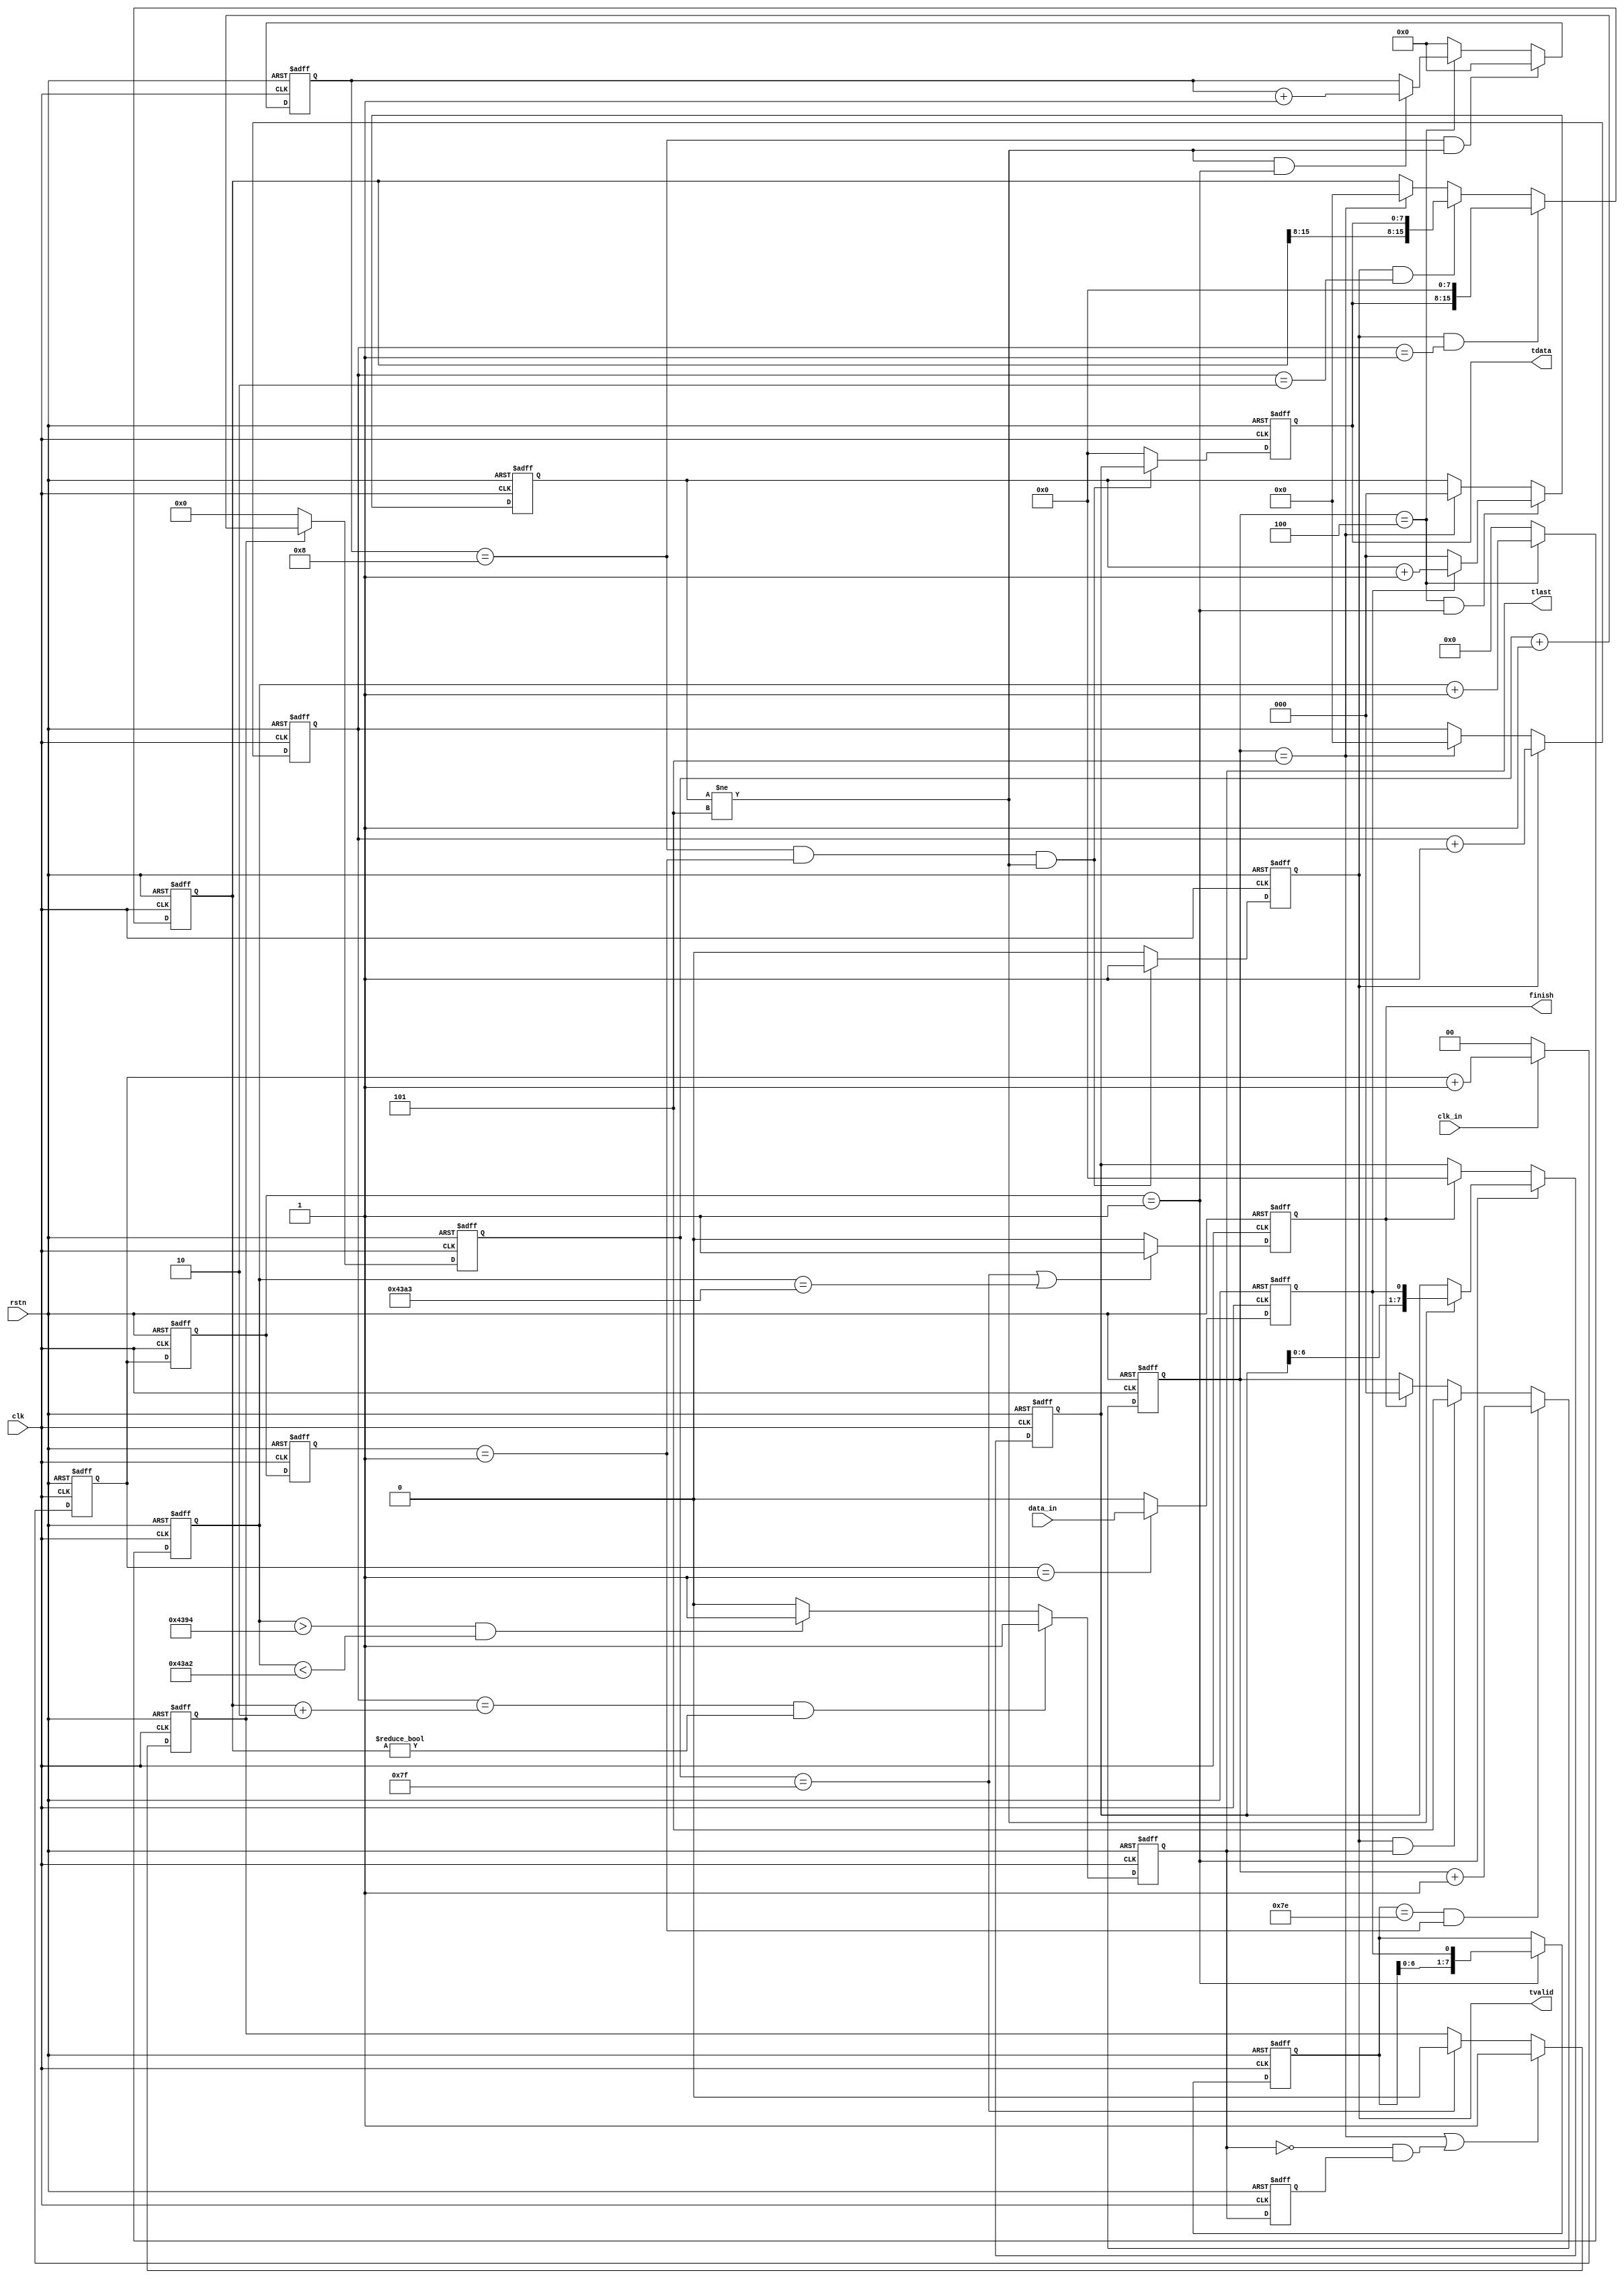
module hdlc_rx (
                clk,
				rstn,
				clk_in,
				data_in,
				tvalid,
				tlast,
				tdata,
				finish
				);

input         clk;
input         rstn;
input         clk_in;
input         data_in;
output        tvalid;
output        tlast;
output  [7:0] tdata;
output        finish;

parameter head = 8'h7e;

reg [1:0] clk_cnt;

always @(posedge clk or negedge rstn)
begin
     if (!rstn)
	    clk_cnt <= 2'b0;
	 else if (clk_in == 1'b1)
	    clk_cnt <= clk_cnt + 1'b1;
	 else
	    clk_cnt <= 2'b0;
end

reg [1:0] clk_cnt_dly1;
reg [1:0] clk_cnt_dly2;
//reg [1:0] clk_cnt_dly3;

always @(posedge clk or negedge rstn)
begin
     if (!rstn)
	    begin
		clk_cnt_dly1 <= 2'b0;
		clk_cnt_dly2 <= 2'b0;
		//clk_cnt_dly3 <= 2'b0;
		end
	 else
	    begin
		clk_cnt_dly1 <= clk_cnt;
		clk_cnt_dly2 <= clk_cnt_dly1;
		//clk_cnt_dly3 <= clk_cnt_dly2;
		end
end

reg data_sample;

always @(posedge clk or negedge rstn)
begin
     if (!rstn)
	    data_sample <= 1'b0;
	 else if (clk_cnt == 2'd1)
	    data_sample <= data_in;
	 else
	    data_sample <= 1'b0;
end

reg [7:0] head_reg;

always @(posedge clk or negedge rstn)
begin
     if (!rstn)
	    head_reg <= 8'd0;
	 else if (clk_cnt_dly1 == 2'd1)
	    head_reg <= {head_reg[6:0],data_sample};
end

reg [2:0] head_cnt;

always @(posedge clk or negedge rstn)
begin
     if (!rstn)
	    head_cnt <= 3'd0;
	 else if (head_reg == head && clk_cnt_dly2 == 2'd1)
	    head_cnt <= head_cnt + 1'b1;
	 else if (tvalid == 1'b1 && tlast == 1'b1)
	    head_cnt <= 3'd5;
	 else if (finish == 1'b1)
	    head_cnt <= 3'd0;
end

reg [2:0] ones_cnt;

always @(posedge clk or negedge rstn)
begin
     if (!rstn)
	    ones_cnt <= 3'd0;
	 else if (head_cnt == 3'd4 && clk_cnt_dly1 == 2'd1)
	    begin
		if (data_sample == 1'b1)
		ones_cnt <= ones_cnt + 1'b1;
		else
		ones_cnt <= 3'd0;
		end
	 else if (head_cnt == 3'd5)
	    ones_cnt <= 3'd0;
end

reg [7:0] data_reg;

always @(posedge clk or negedge rstn)
begin
     if (!rstn)
	    data_reg <= 8'd0;
	 else if (clk_cnt_dly1 == 2'd1)
	    begin
		if (ones_cnt != 3'd5)
		data_reg <= {data_reg[6:0],data_sample};
		end
	 else if (finish == 1'b1)
	    data_reg <= 8'd0;
end

reg [3:0] bit_cnt;

always @ (posedge clk or negedge rstn)
begin
     if (!rstn)
	    bit_cnt <= 4'd0;
	 else if (bit_cnt == 4'd8 && ones_cnt != 3'd5)
	    bit_cnt <= 4'd0;
	 else if (head_cnt == 3'd4)
	    begin
		if (ones_cnt != 3'd5 && clk_cnt_dly1 == 1'b1)
		bit_cnt <= bit_cnt + 1'b1;
		end
	 else
	    bit_cnt <= 4'd0;
end

reg [15:0] byte_cnt;

always @(posedge clk or negedge rstn)
begin
     if (!rstn)
	    byte_cnt <= 16'd0;
	 else if (tvalid == 1'b1)
	    byte_cnt <= byte_cnt + 1'b1;
	 else if (head_cnt == 3'd5)
	    byte_cnt <= 16'd0;
end

reg [15:0] byte_length;

always @(posedge clk or negedge rstn)
begin
     if (!rstn)
	    byte_length <= 16'd0;
	 else if (tvalid == 1'b1 && byte_cnt == 16'd1)
	    byte_length <= {tdata,8'd0};
	 else if (tvalid == 1'b1 && byte_cnt == 16'd2)
	    byte_length <= {byte_length[15:8],tdata};
	 else if (head_cnt == 3'd5)
	    byte_length <= 16'd0;
end

reg tvalid;

always @(posedge clk or negedge rstn)
begin
     if (!rstn)
	    tvalid <= 1'b0;
	 else if (bit_cnt == 4'd8 && clk_cnt_dly2 == 2'd1 && ones_cnt != 3'd5)
	    tvalid <= 1'b1;
	 else
	    tvalid <= 1'b0;
end

reg [7:0] tdata;

always @(posedge clk or negedge rstn)
begin
     if (!rstn)
	    tdata <= 32'd0;
	 else if (bit_cnt == 4'd8 && clk_cnt_dly2 == 1'b1 && ones_cnt != 3'd5)
	    tdata <= data_reg;
	 else
	    tdata <= 8'd0;
end

reg [14:0] finish_cnt;// clk error to finish hdlc

always @(posedge clk or negedge rstn)
begin
     if (!rstn)
        finish_cnt <= 15'd0;
     else if (head_cnt == 3'd4)
       finish_cnt <= finish_cnt + 1'b1;
     else
       finish_cnt <= 15'd0;
end

//wire tlast;
reg tlast;

//assign tlast = ((byte_cnt == (byte_length + 16'd2) && byte_length != 16'd0)|| finish == 1'b1)?1'b1:1'b0;
//assign tlast = (byte_cnt == (byte_length + 16'd2) && byte_length != 16'd0)?1'b1:1'b0;
always @(posedge clk or negedge rstn)
begin
     if (!rstn)
	    tlast <= 1'b0;
	 else if (byte_cnt == (byte_length + 16'd2) && byte_length != 16'd0)
	    tlast <= 1'b1;
	 else if (finish_cnt > 15'd17300 && finish_cnt < 15'd17314)
	    tlast <= 1'b1;
	 else
	    tlast <= 1'b0;
end 

reg tlast_dly;
always @(posedge clk or negedge rstn)
begin
     if (!rstn)
        tlast_dly <= 1'b0;
    else
        tlast_dly <= tlast;
end

reg wait_cnt_en1;
reg [6:0] wait_cnt1;

always @(posedge clk or negedge rstn)
begin
     if (!rstn)
	    wait_cnt_en1 <=1'b0;
	 else if (head_cnt == 3'd5 || (tlast == 1'b0 && tlast_dly == 1'b1))
	    wait_cnt_en1 <= 1'b1;
	 else if (wait_cnt1 == 7'd127)
	    wait_cnt_en1 <= 1'b0;
end

always @(posedge clk or negedge rstn)
begin
     if (!rstn)
	    wait_cnt1 <= 7'd0;
	 else if (wait_cnt_en1 == 1'b1)
	    wait_cnt1 <= wait_cnt1 + 1'b1;
	 else
	    wait_cnt1 <= 7'd0;
end


reg finish;

always @(posedge clk or negedge rstn)
begin
     if (!rstn)
	    finish <= 1'b0;
	 else if (wait_cnt1 == 7'd127 || finish_cnt == 15'd17315)//||wait_cnt2 == 13'h1fff)
	    finish <= 1'b1;
	 else
	    finish <= 1'b0;
end


endmodule